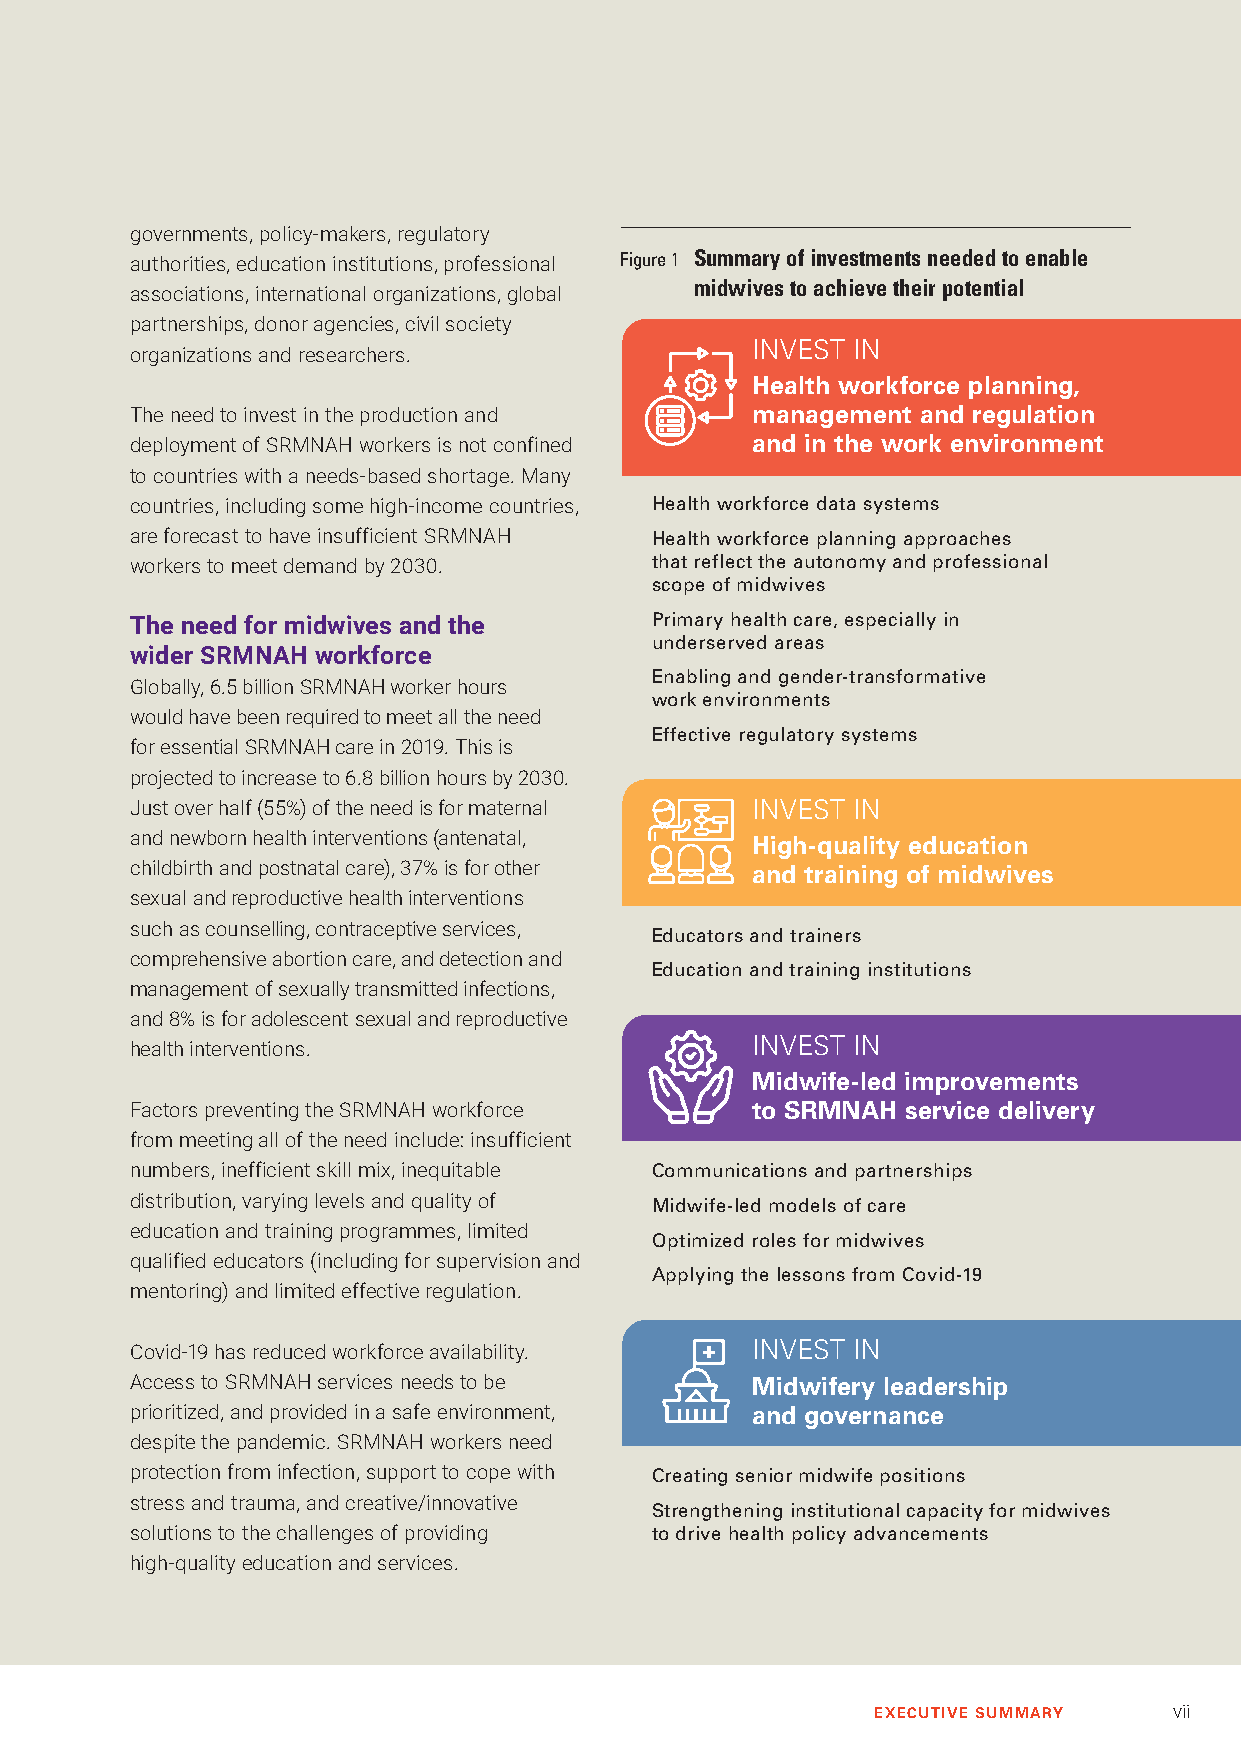
governments, policy-makers, regulatory
 authorities, education institutions, professional Figure 1 Summary of investments needed to enable
 midwives to achieve their potential
 associations, international organizations, global
 partnerships, donor agencies, civil society
 INVEST IN
 organizations and researchers.
 Health workforce planning,
 The need to invest in the production and management and regulation
 deployment of SRMNAH workers is not confined and in the work environment
 to countries with a needs-based shortage. Many
 countries, including some high-income countries, Health workforce data systems
 are forecast to have insufficient SRMNAH Health workforce planning approaches
 workers to meet demand by 2030.   that reflect the autonomy and professional
 scope of midwives
 The need for midwives and the     Primary health care, especially in
 underserved areas
 wider SRMNAH workforce
 Enabling and gender-transformative
 Globally, 6.5 billion SRMNAH worker hours
 work environments
 would have been required to meet all the need
 Effective regulatory systems
 for essential SRMNAH care in 2019. This is
 projected to increase to 6.8 billion hours by 2030.
 Just over half (55%) of the need is for maternal INVEST IN
 and newborn health interventions (antenatal, High-quality education
 childbirth and postnatal care), 37% is for other and training of midwives
 sexual and reproductive health interventions
 such as counselling, contraceptive services,
 Educators and trainers
 comprehensive abortion care, and detection and
 Education and training institutions
 management of sexually transmitted infections,
 and 8% is for adolescent sexual and reproductive
 INVEST IN
 health interventions.
 Midwife-led improvements
 Factors preventing the SRMNAH workforce  to SRMNAH service delivery
 from meeting all of the need include: insufficient
 numbers, inefficient skill mix, inequitable Communications and partnerships
 distribution, varying levels and quality of Midwife-led models of care
 education and training programmes, limited
 Optimized roles for midwives
 qualified educators (including for supervision and
 Applying the lessons from Covid-19
 mentoring) and limited effective regulation.
 Covid-19 has reduced workforce availability. INVEST IN
 Access to SRMNAH services needs to be    Midwifery leadership
 prioritized, and provided in a safe environment, and governance
 despite the pandemic. SRMNAH workers need
 protection from infection, support to cope with Creating senior midwife positions
 stress and trauma, and creative/innovative
 Strengthening institutional capacity for midwives
 solutions to the challenges of providing to drive health policy advancements
 high-quality education and services.
 EXECUTIVE SUMMARY   vii